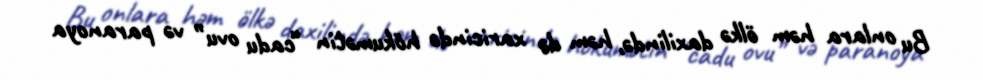
Bu onlara həm ölkə daxilində, həm də xaricində hökumətin “cadu ovu” və paranoya